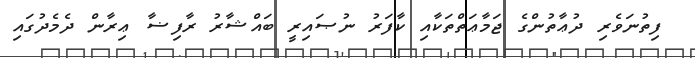
ފިތުނަވެރި ދުޢާތުންގެ ޖަމާޢަތްތަކާއި ކާފަރު ނުޞައިރީ ބައްޝާރު ރާފިޟާ ޢިރާން ދެމެދުގައި